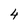
Character: 4